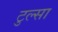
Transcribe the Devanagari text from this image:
टुल्‍सा